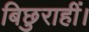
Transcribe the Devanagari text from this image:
बिछुराहीं।